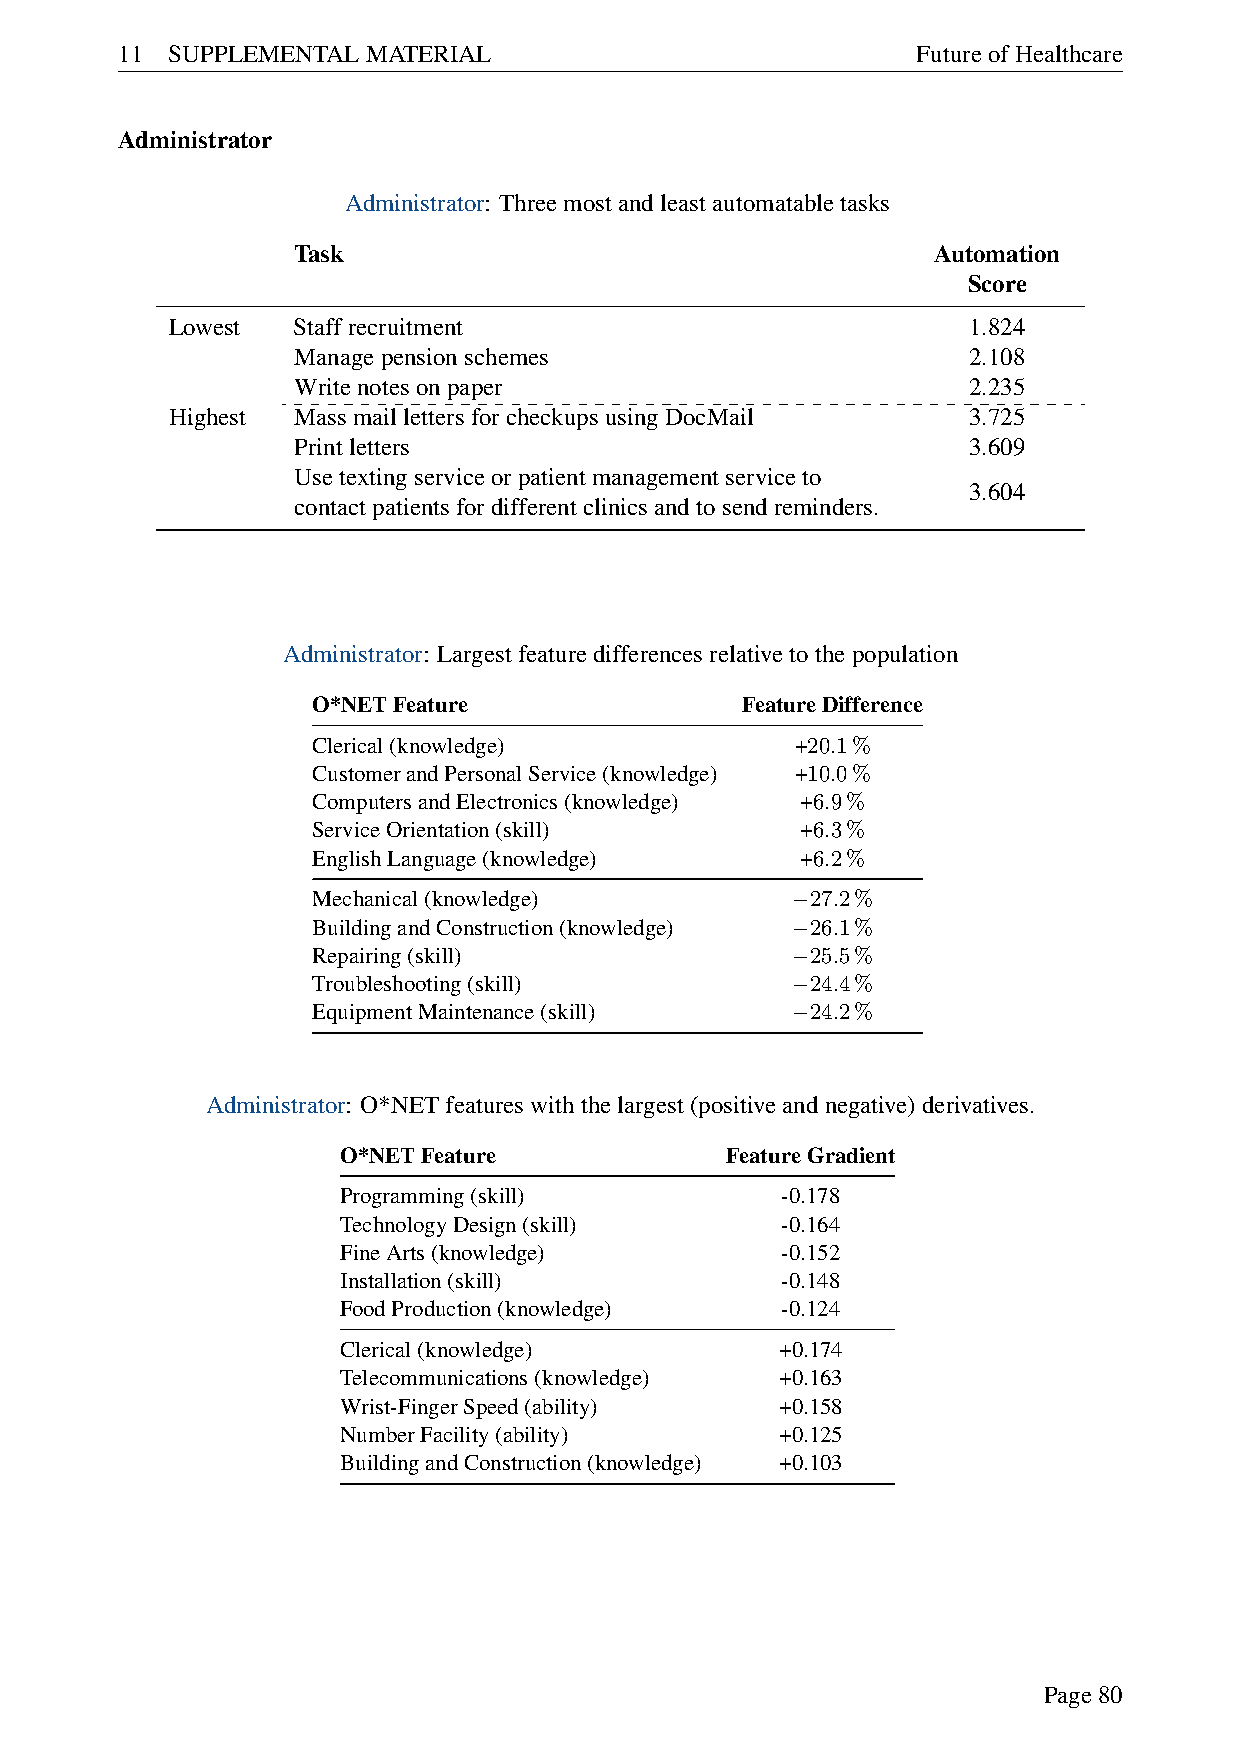
11 SUPPLEMENTALMATERIAL                              FutureofHealthcare
 Administrator
 Administrator: Threemostandleastautomatabletasks
 Task                                       Automation
 Score
 Lowest  Staffrecruitment                             1.824
 Managepensionschemes                         2.108
 Writenotesonpaper                            2.235
 Highest MassmaillettersforcheckupsusingDocMail       3.725
 Printletters                                 3.609
 Usetextingserviceorpatientmanagementserviceto
 3.604
 contactpatientsfordifferentclinicsandtosendreminders.
 Administrator: Largestfeaturedifferencesrelativetothepopulation
 O*NETFeature                FeatureDifference
 Clerical(knowledge)             +20.1%
 CustomerandPersonalService(knowledge) +10.0%
 ComputersandElectronics(knowledge) +6.9%
 ServiceOrientation(skill)       +6.3%
 EnglishLanguage(knowledge)      +6.2%
 Mechanical(knowledge)            27.2%
 −
 BuildingandConstruction(knowledge) 26.1%
 −
 Repairing(skill)                 25.5%
 −
 Troubleshooting(skill)           24.4%
 −
 EquipmentMaintenance(skill)      24.2%
 −
 Administrator: O*NETfeatureswiththelargest(positiveandnegative)derivatives.
 O*NETFeature              FeatureGradient
 Programming(skill)            -0.178
 TechnologyDesign(skill)       -0.164
 FineArts(knowledge)           -0.152
 Installation(skill)           -0.148
 FoodProduction(knowledge)     -0.124
 Clerical(knowledge)           +0.174
 Telecommunications(knowledge) +0.163
 Wrist-FingerSpeed(ability)    +0.158
 NumberFacility(ability)       +0.125
 BuildingandConstruction(knowledge) +0.103
 Page80